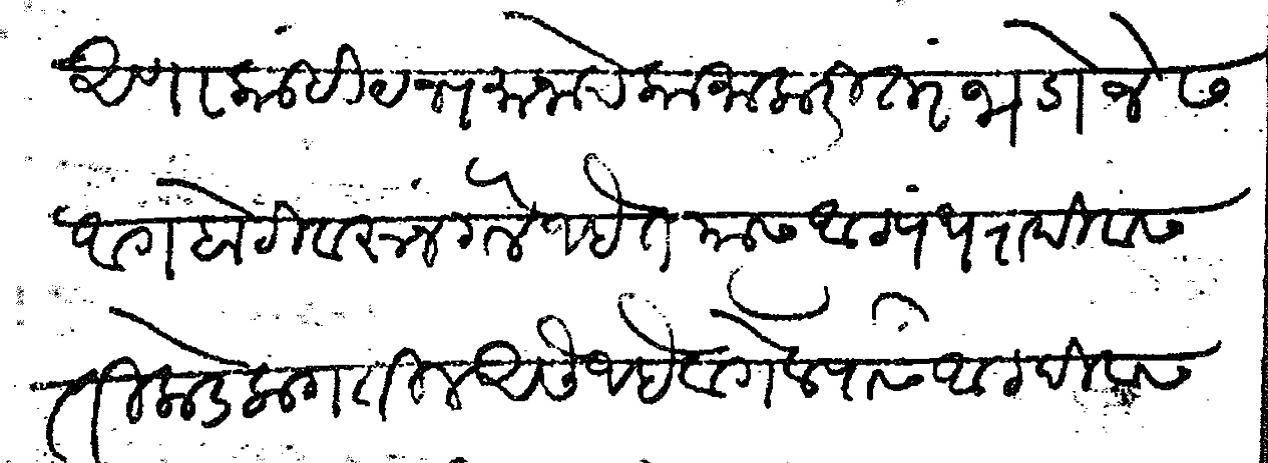
Transliteration (Devanagari): अणा काही यज्यमानाचे कामाकरिता भडोजेस आगबोटीवरून गेले आहेत त्यास आठ पंधरा दिवस तिकडे लागतील असे आहे व गेल्यास आठ दिवस